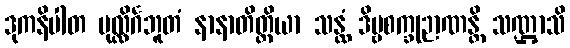
ဒုကနိပါတ ပုလ္လိင်္ဂဘူတံ နာနာတိတ္ထိယာ သန္ထံ ဒိဗ္ဗစက္ခုဉာဏန္တိ သဏ္ဌာသိ